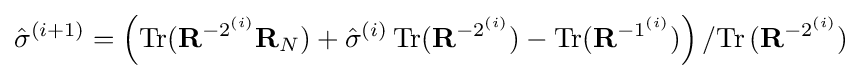
{\hat {\sigma }}^{(i+1)}=\left(\operatorname {Tr} ({\bf {R}}^{-2^{(i)}}{\bf {R}}_{N})+{\hat {\sigma }}^{(i)}\operatorname {Tr} ({\bf {R}}^{-2^{(i)}})-\operatorname {Tr} ({\bf {R}}^{-1^{(i)}})\right)/{\operatorname {Tr} {({\bf {R}}^{-2^{(i)}})}}